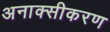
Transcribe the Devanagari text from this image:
अनाक्सीकरण